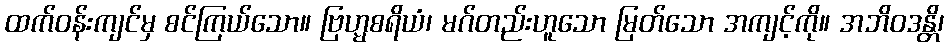
ထက်ဝန်းကျင်မှ စင်ကြယ်သော။ ဗြဟ္မစရိယံ၊ မဂ်တည်းဟူသော မြတ်သော အကျင့်ကို။ အဘိဝဒန္တိ၊